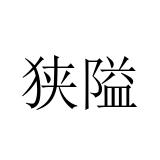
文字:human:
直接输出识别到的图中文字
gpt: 狭隘